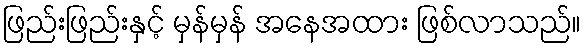
ဖြည်းဖြည်းနှင့် မှန်မှန် အနေအထား ဖြစ်လာသည်။